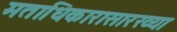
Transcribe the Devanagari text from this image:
मताधिकारासारख्या